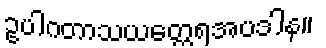
ဥပါဂတာသယတ္ထေရအပဒါန။